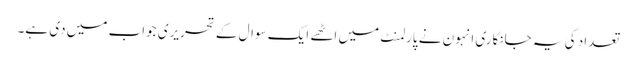
تعداد کی یہ جانکاری انہون نے پارلمنٹ میں اٹھے ایک سوال کے تحریری جواب میں دی ہے۔